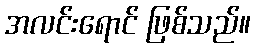
အလင်းရောင် ဖြစ်သည်။